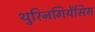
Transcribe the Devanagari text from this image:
थुरिनगियेंसिस